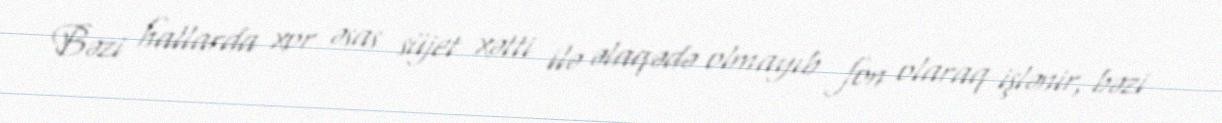
Bəzi hallarda xor əsas süjet xətti ilə əlaqədə olmayıb fon olaraq işlənir, bəzi